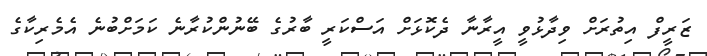
ޒަރީފް އިތުރަށް ވިދާޅުވީ އީރާނާ ދެކޮޅަށް އަސްކަރީ ބާރުގެ ބޭނުންކުރާނެ ކަމަށްބުނެ އެމެރިކާގެ